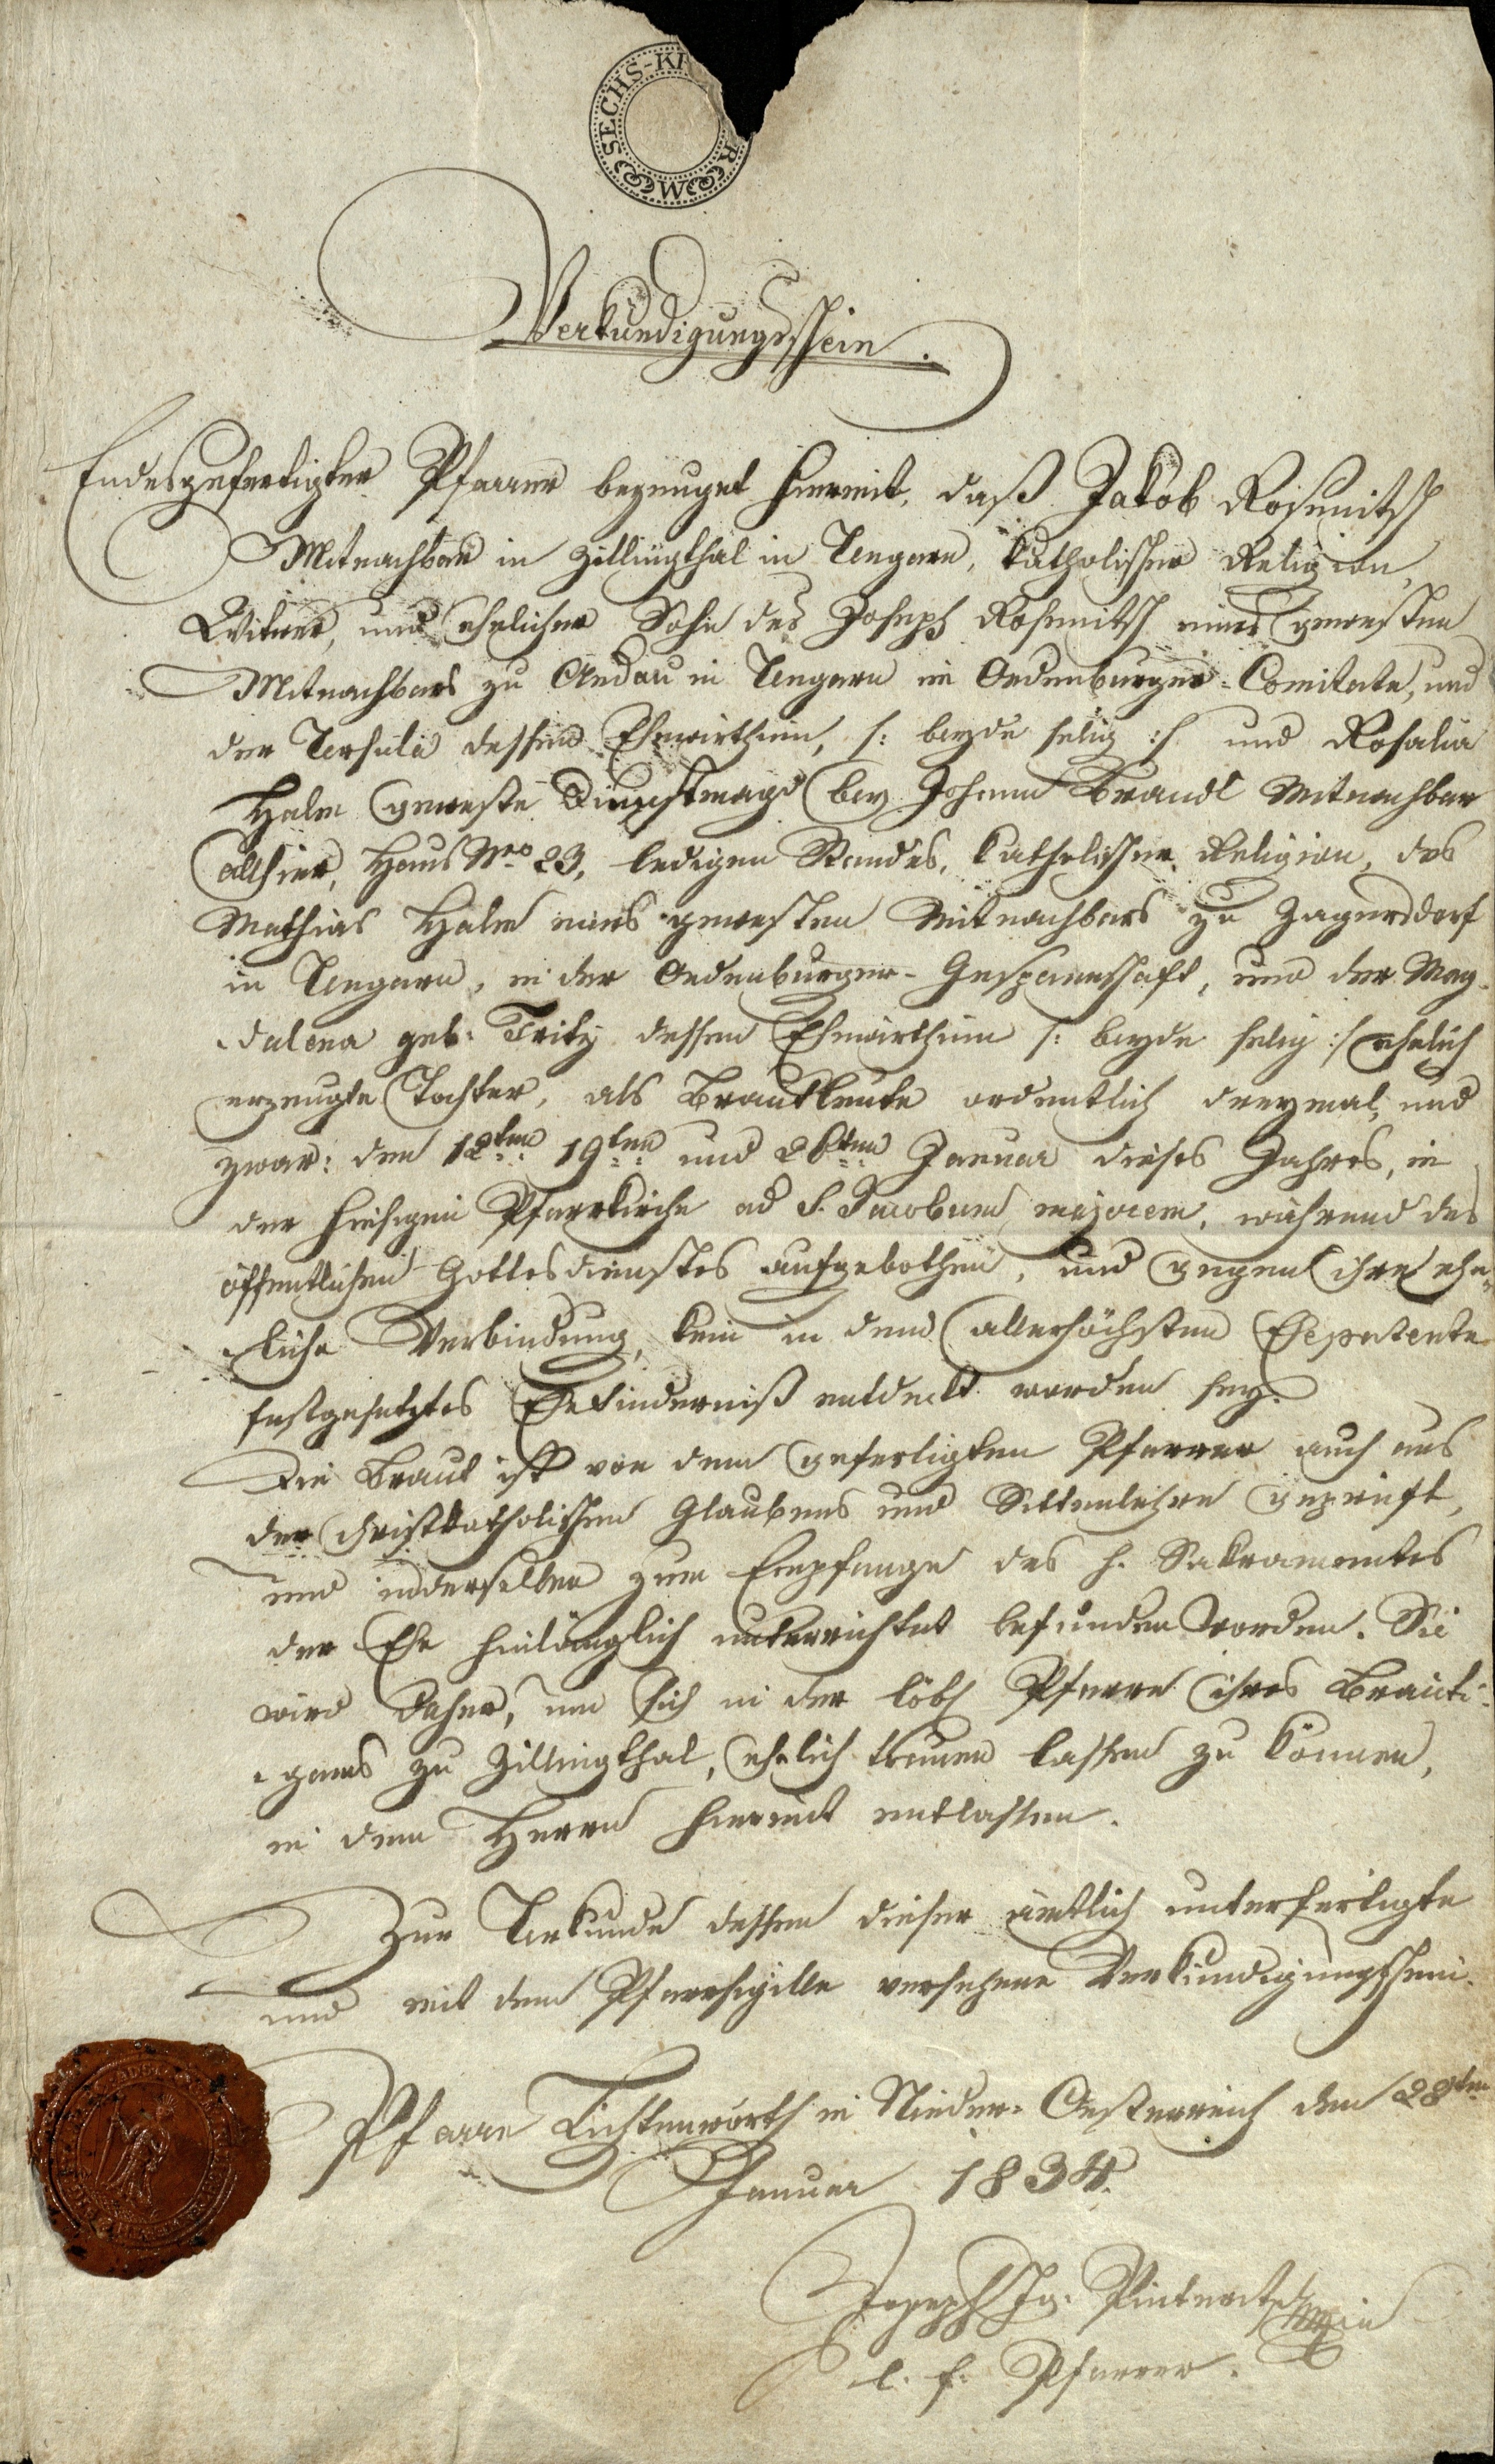
Verkündigungsschein.
Endesgefertigter Pfarrer bezeuget hiermit, daß Jakob Rosmitsch
Mitnachbar in Zillingthal in Ungarn, Katholischer Religion,
Witwer, und ehrlicher Sohn des Joseph Rosmitsch eines gewesten
Mitnachbars zu Andau in Ungarn im Oedenburger - Comitate, und
der Ursula dessen Ehewirthinn, /: beyde selig :/ und Rosalia
Halm geweste Dienstmagd bey Johann Krandl Mitnachbar
allhier, Haus No 23, ledigen Kindes, katholischer Religion, des
Mathias Halm eines gewesten Mitnachbars zu Zagersdorf
in Ungarn, in der Oedenburger-Geszanntschaft, und der Mag¬
dalena geb. Tritz dessen Ehewirthinn /: beyde selig :/ ehelich
erzeugte Tochter, als Brautleute ordentlich dreymal, und
zwar: dem 12 ten 19 ten und 20 ten Jänner dieses Jahres, in
der hiesigen Pfarrkirche ad S. Jacobum majorem, während des
öffentlichen Gottesdienstes aufgebothen, und gegen ihre ehe¬
liche Verbindung, kein in den allerhöchsten Ehepatente
festgesetzes Ehehinderniß entdeckt worden sey.
Die Braut ist von dem unfertigten Pfarrer auch aus
dem christkatholischen Glaubens und sittsamlichen geprüft
und inderselben zum Empfange des h. Sakramentes
der Ehe hinlänglich unterrichtet befunden worden. Sie
wird daher, um sich in der löbl Pfarre ihres Bräuti¬
gams zu Zillingthal, ehelich trauen lassend zu kommen,
in dem Herrn hiermit entlassen.
Zur Urkunde dessen dieser amtlich unterfertigte
und mit dem Pfarrsigilln versehene Verkündigungschein.
Pfarre Lichtenwörth in Nieder-Oesterreich den 28 sten
Januar 1834
Joseph Jg: Pinteritsch
l. f. Pfarrer.